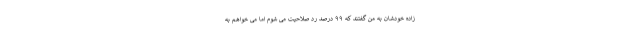
زاده خودشان به من گفتند که ۹۹ درصد رد صلاحیت می شوم اما می خواهم به